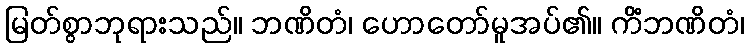
မြတ်စွာဘုရားသည်။ ဘဏိတံ၊ ဟောတော်မူအပ်၏။ ကိံဘဏိတံ၊